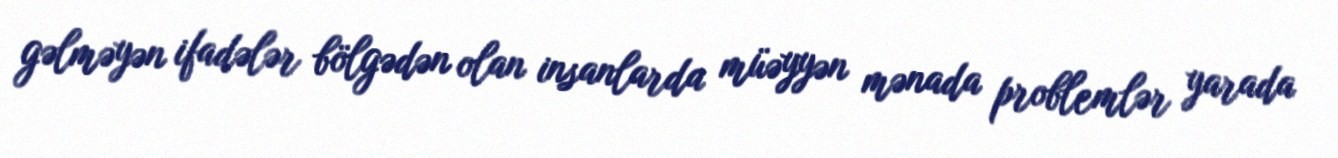
gəlməyən ifadələr bölgədən olan insanlarda müəyyən mənada problemlər yarada